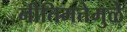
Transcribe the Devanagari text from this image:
नीतिमत्तेमुळे